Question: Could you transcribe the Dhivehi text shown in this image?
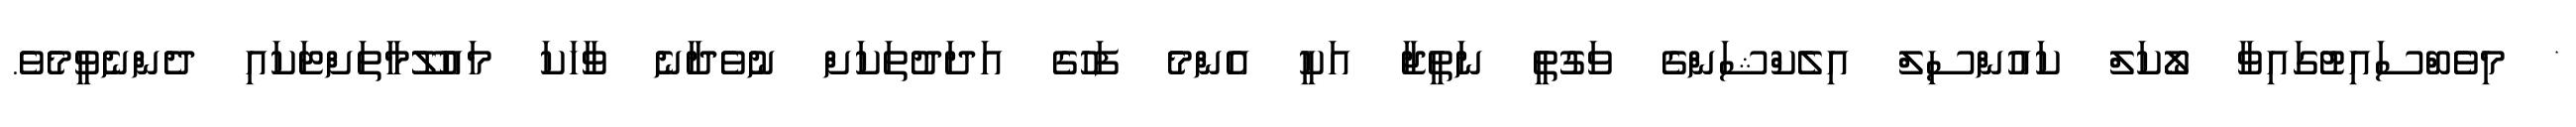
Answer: * މިވެބްސައިޓުގައިވާ ލޯކަލް ކައުންސިލް އިލެކްޝަންގެ ވަގުތީ ނަތީޖާ އަކީ އެންމެ ފަހުގެ އަދަދުތަކަށް ނުވެދާނެ ވާހަކަ މައުލޫމާތަށްޓަކައި ދެންނެވީމެވެ.